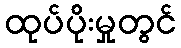
ထုပ်ပိုးမှုတွင်